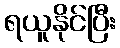
ရယူနိုင်ပြီး